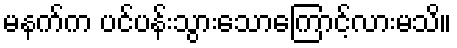
မနက်က ပင်ပန်းသွားသောကြောင့်လားမသိ။